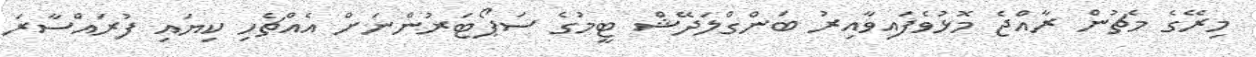
މިރޭގެ މެޗުން ރާއްޖެ މޮޅުވެފައިވާއިރު ބަންގްލަދޭޝް ޓީމުގެ ސަޕޯޓަރުންނަށް އެއްޗެހި ކިޔައި ފުރައްސާރަ